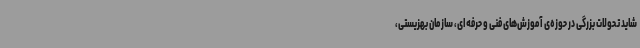
شاید تحولات بزرگی در حوزه‌ی آموزش‌های فنی و حرفه‌ای، سازمان بهزیستی،